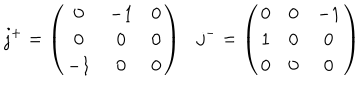
j ^ { + } = \left( \begin{array} { c c c } { { 0 } } & { { - 1 } } & { { 0 } } \\ { { 0 } } & { { 0 } } & { { 0 } } \\ { { - 1 } } & { { 0 } } & { { 0 } } \\ \end{array} \right) j ^ { - } = \left( \begin{array} { c c c } { { 0 } } & { { 0 } } & { { - 1 } } \\ { { 1 } } & { { 0 } } & { { 0 } } \\ { { 0 } } & { { 0 } } & { { 0 } } \\ \end{array} \right)